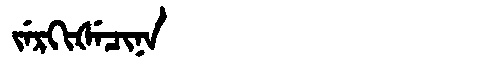
Manchu: ᠵᡝᡵᡴᡳᡧᡝᠴᡳᠨᠠ
Romanization: JERKIŠECINA